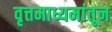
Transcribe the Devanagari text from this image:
वृत्तमाध्यमांतून